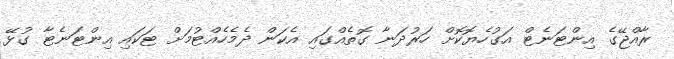
ރާއްޖޭގެ އިންޓަނެޓް އަގުހެޔޮކޮށް ހަރުދަނާ ގޮތެއްގައި އެކަން ދެމެހެއްޓުމަށް ޓަކައި އިންޓަނެޓާ ގުޅޭ